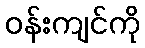
ဝန်းကျင်ကို